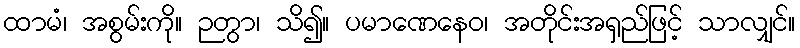
ထာမံ၊ အစွမ်းကို။ ဉတွာ၊ သိ၍။ ပမာဏေနေဝ၊ အတိုင်းအရှည်ဖြင့် သာလျှင်။